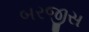
બરજીસ